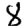
Digit: 8